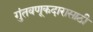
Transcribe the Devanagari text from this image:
गुंतवणूकदारासाठी